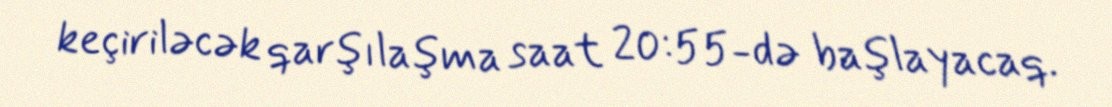
keçiriləcək qarşılaşma saat 20:55-də başlayacaq.